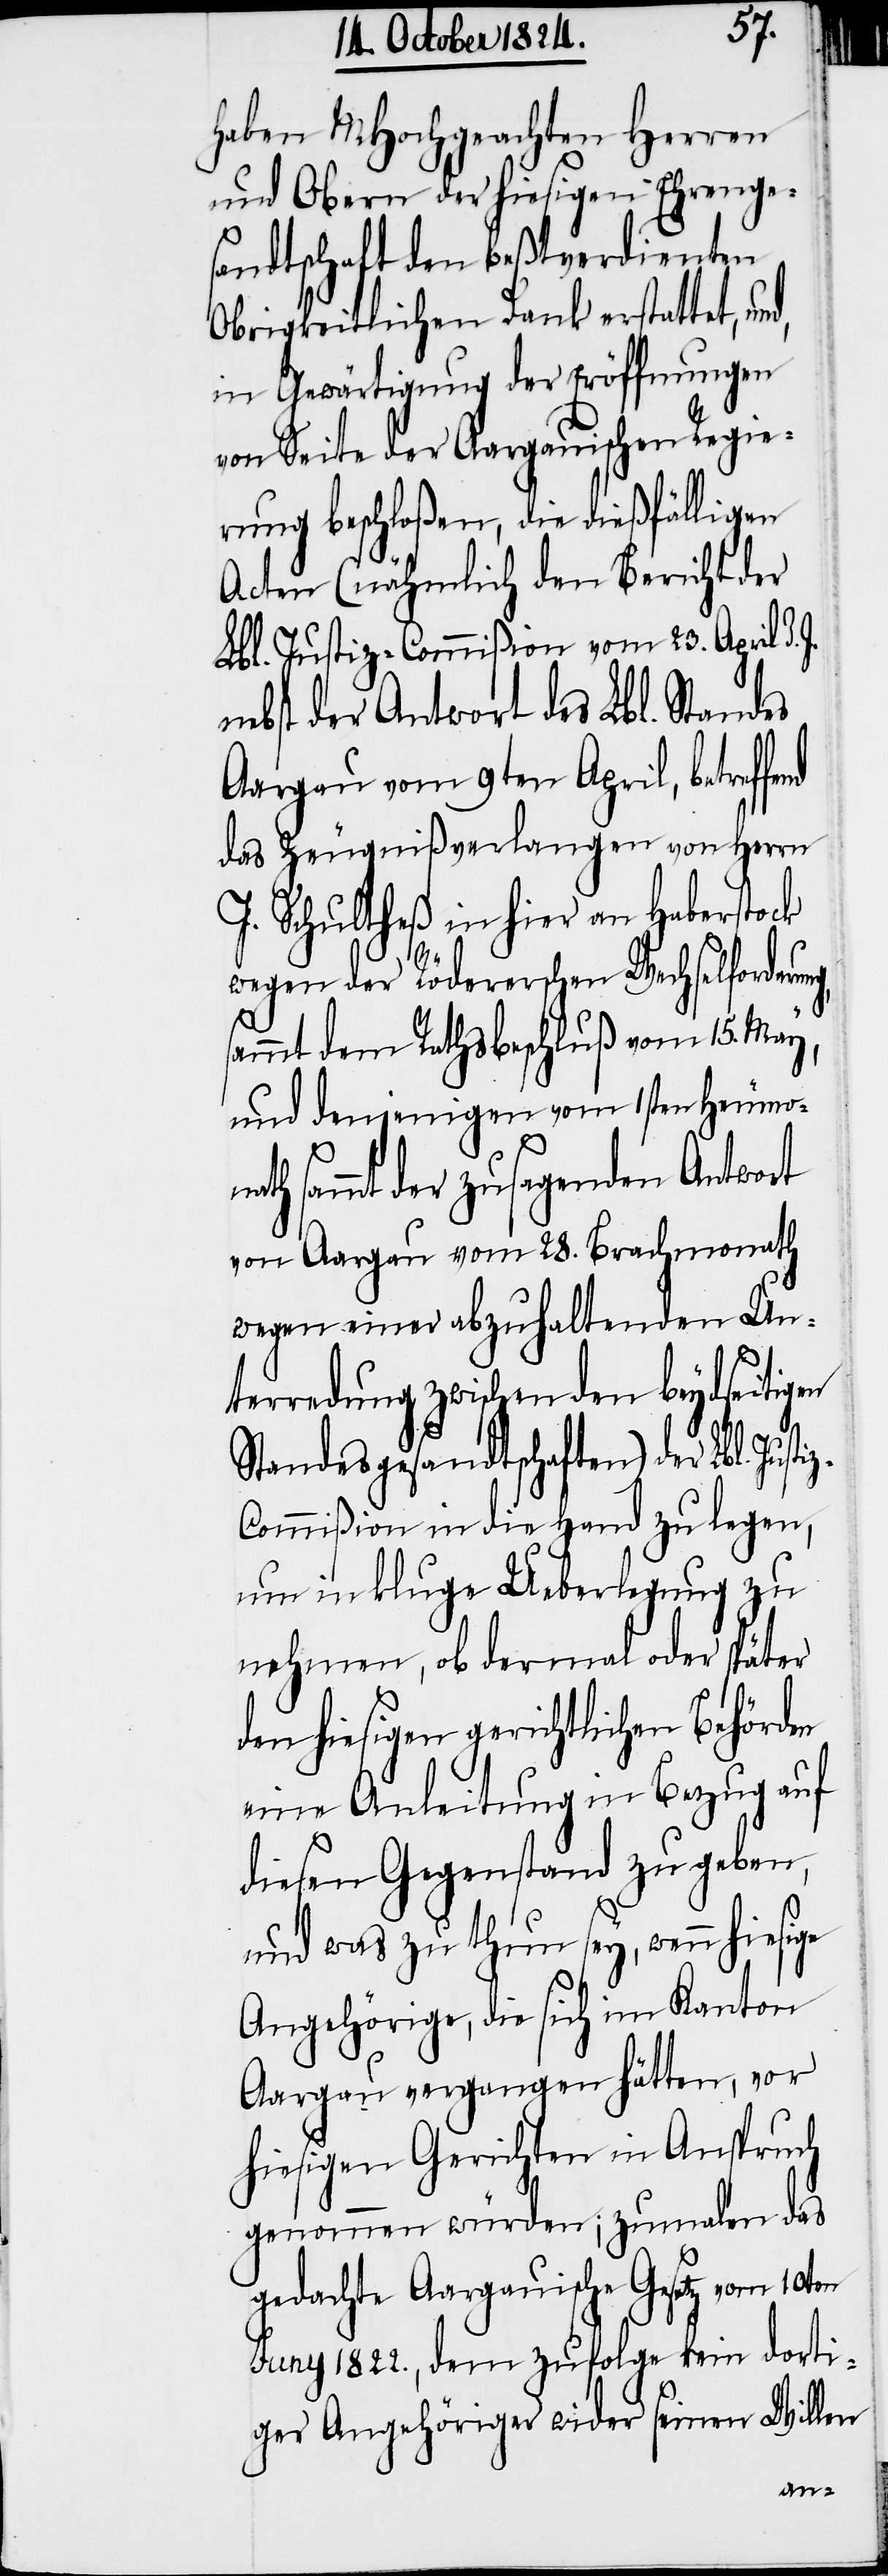
haben MHochgeachten Herren
und Obern der hiesigen Ehrenge¬
sandtschaft den beßtverdienten
Obrigkeitlichen Dank erstattet, un¬
in Gewärtigung der Eröffnungen
von Seite der Aargauischen Regie¬
rung beschloßen, die dießfälligen
Acten (nähmlich den Bericht der
Lbl. Justiz-Commißion vom 23. April d. J.
nebst der Antwort des Lbl. Standes
Aargau vom 9ten April, betreffend
das Zeugnißverlangen von Herrn
J. Schultheß in hier an Haberstock
wegen der Röderschen Wechselordnung,
z-C¬
ammt dem Rathsbeschluß vom 15. May,
und denjenigen vom 1sten Heumona¬
d,
th sammt der zusagenden Antwort
von Aargau vom 28. Brachmonath
wegen einer abzuhaltenden Un¬
terredung zwischen den beydseitigen
Standesgesandtschaften) der Lbl. Jus¬
ommißion in die Hand zu legen,
um in kluge Ueberlegung zu
nehmen, ob dermal oder später
den hiesigen gerichtlichen Behörden
eine Anleitung in Bezug auf
diesen Gegenstand zu geben,
und was zu thun sey, wenn hiesige
Angehörige, die sich im Kanton
Aargau vergangen hätten, vor
hiesigen Gerichten in Anspruch
genommen würden; zumalen das
gedachte Aargauische Gesetz vom 10ten
Juny 1822., dem zufolge kein dorti¬
ger Angehöriger wider seinen Willen